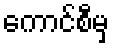
ကောင်စီမှ